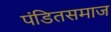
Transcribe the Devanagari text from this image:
पंडितसमाज